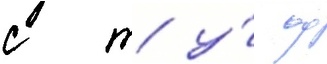
с т у́ ф